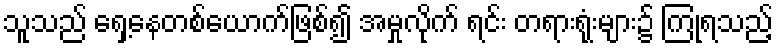
သူသည် ရှေ့နေတစ်ယောက်ဖြစ်၍ အမှုလိုက် ရင်း တရားရုံးများ၌ ကြုံရသည့်